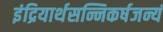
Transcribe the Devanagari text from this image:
इंद्रियार्थसन्निकर्षजन्यं